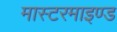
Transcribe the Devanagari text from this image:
मास्टरमाइण्ड